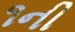
૧ની